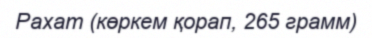
Рахат (көркем қорап, 265 грамм)